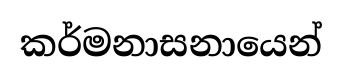
කර්මනාසනායෙන්